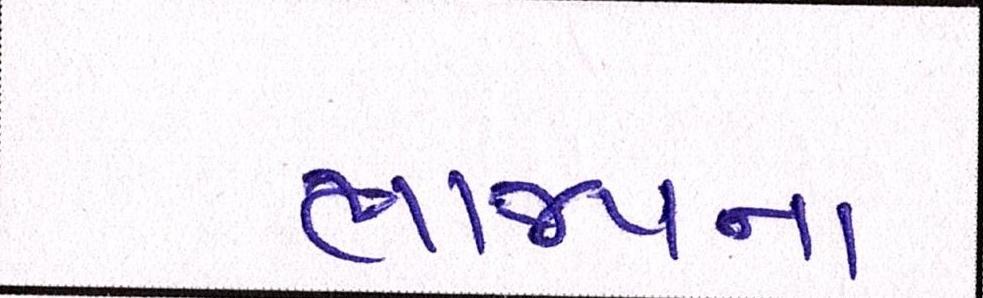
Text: ભાજપના